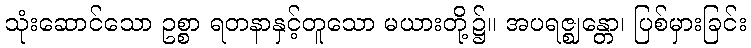
သုံးဆောင်သော ဥစ္စာ ရတနာနှင့်တူသော မယားတို့၌။ အပရဇ္ဈန္တော၊ ပြစ်မှားခြင်း